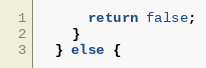
Language: C
      return false;
    }
  } else {